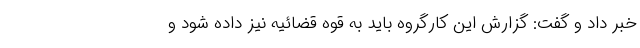
خبر داد و گفت: گزارش این کارگروه باید به قوه قضائیه نیز داده شود و